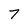
Character: 7